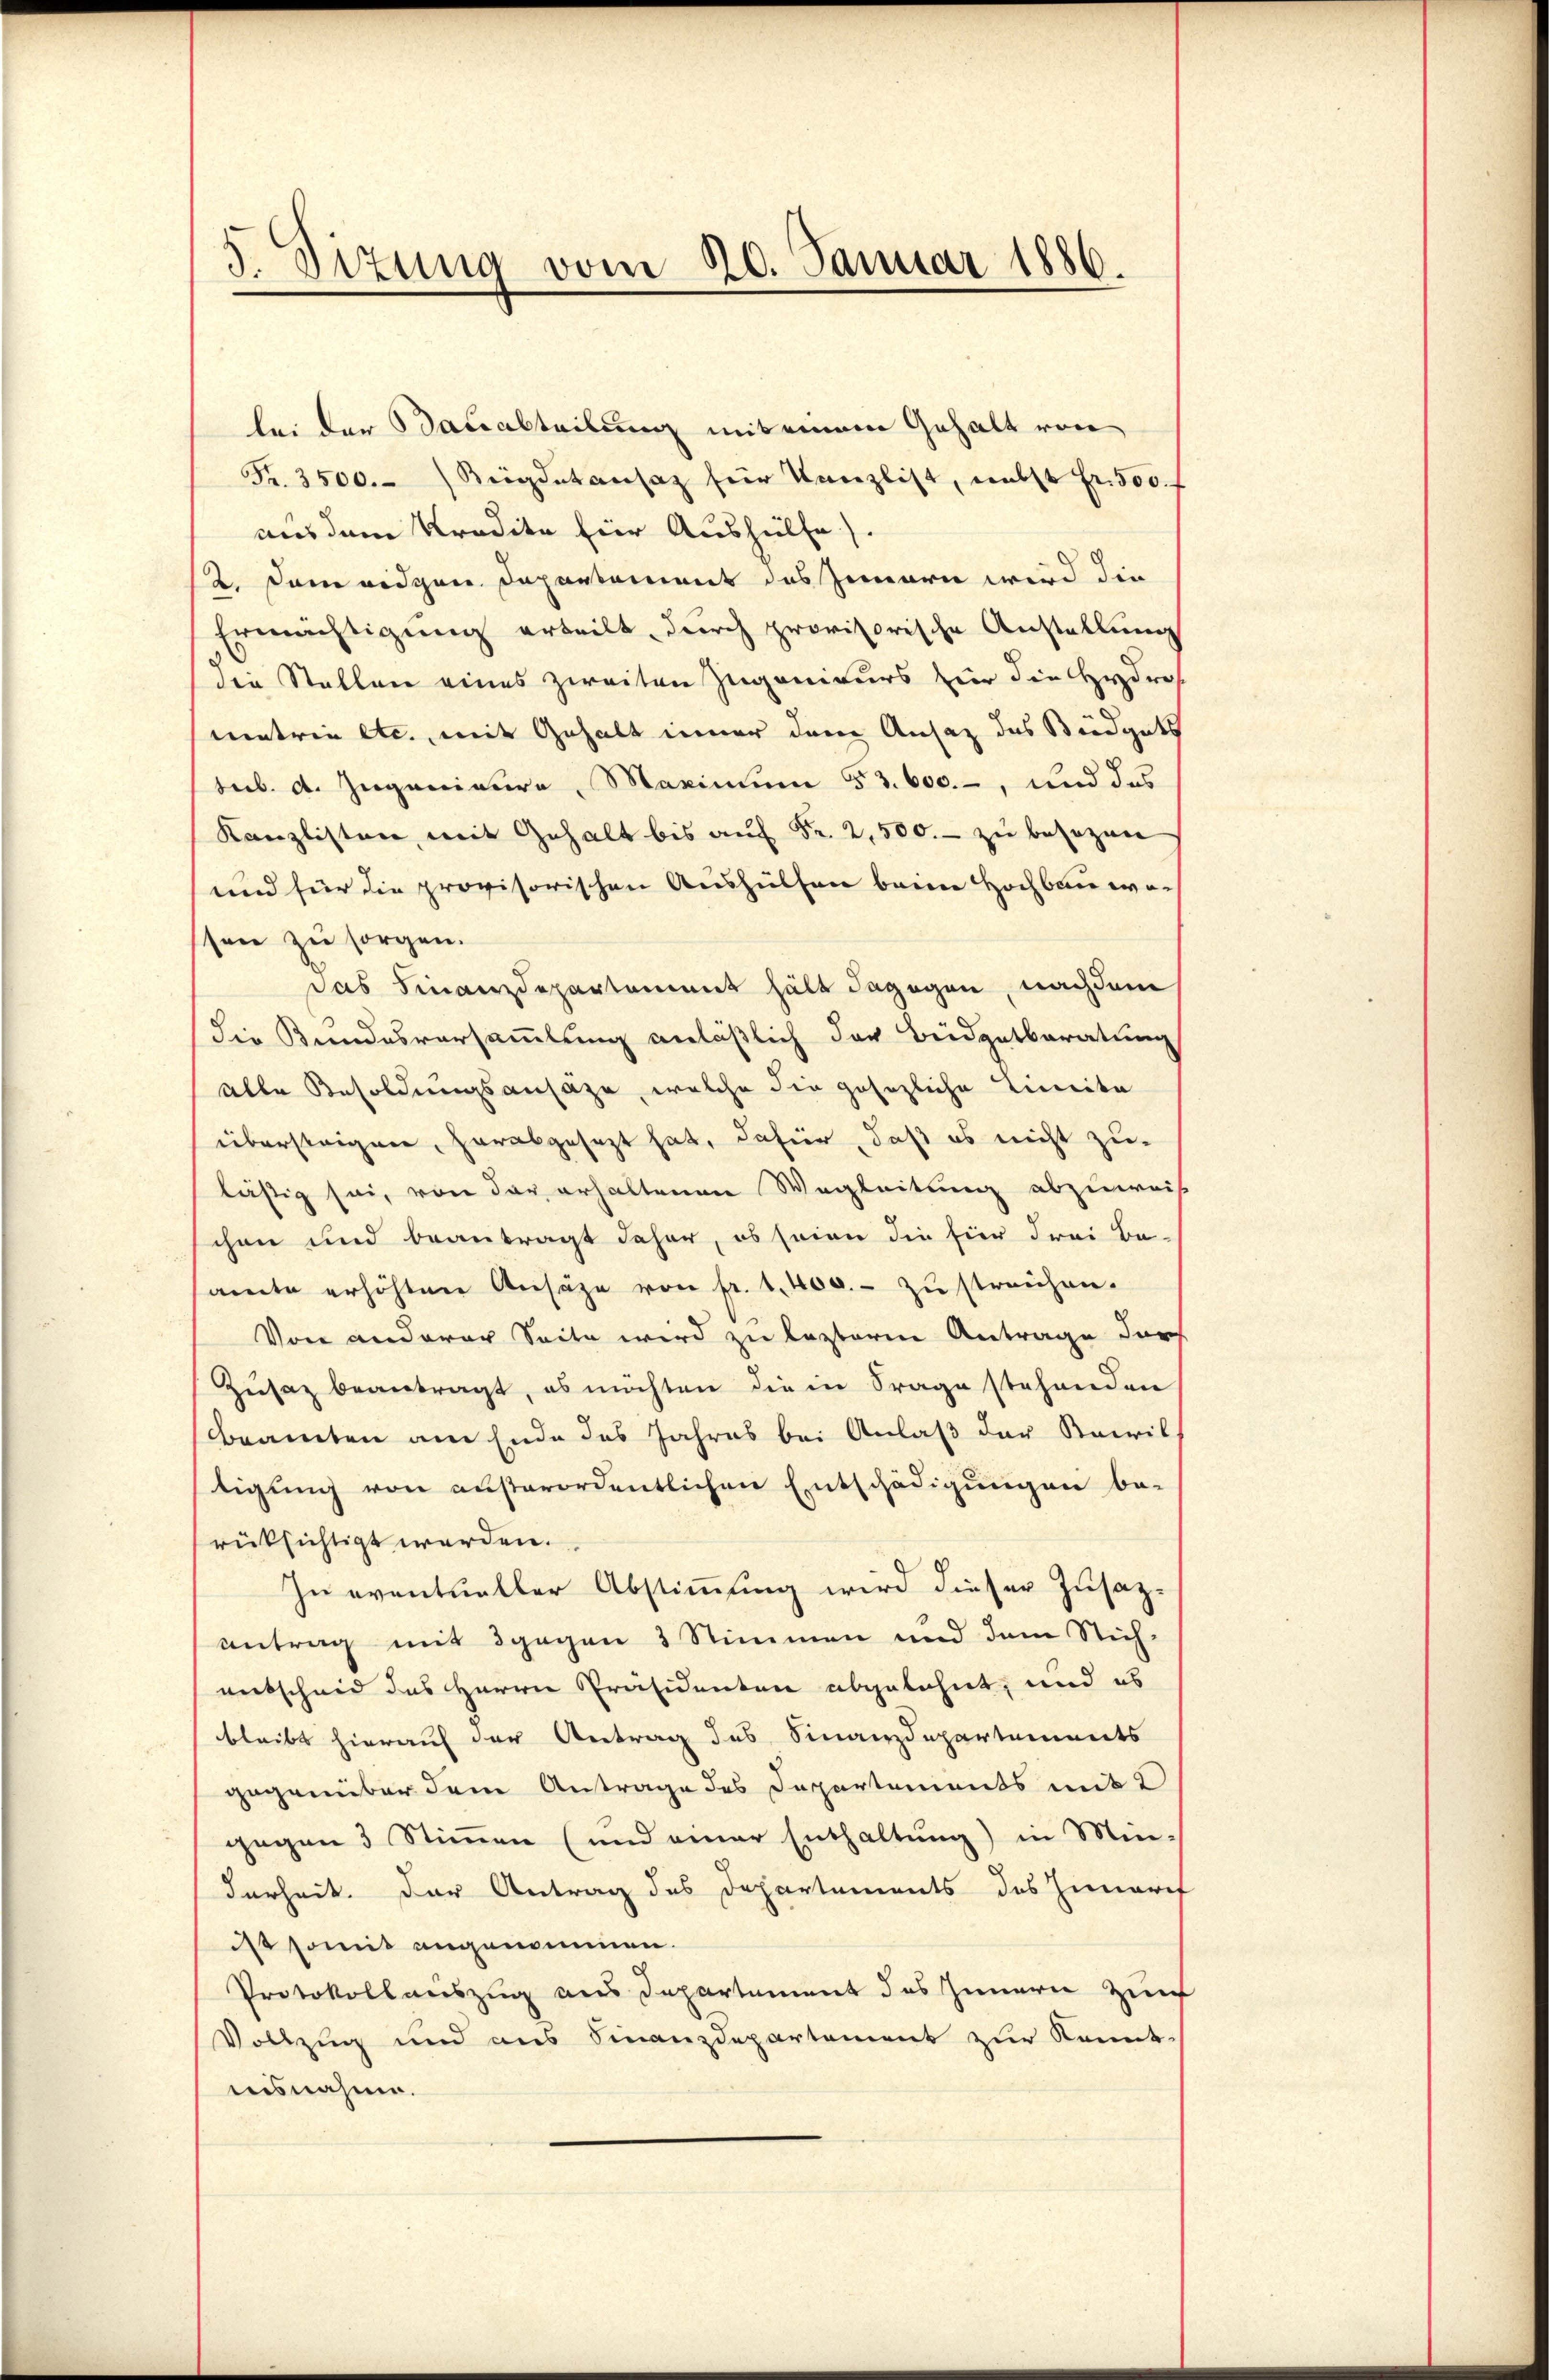
5. Sizung vom 20. Januar 1886.

bei der Bauabteilung mit einem Gehalt von
Fr. 3500. Beigdatansaz für Kanzlist, nebst Fr. 500. f
aus dem Kredite für Aushülfe).
2. Dem eidgen. Departement des Innern wird die
Ermächtigung erteilt, durch provisorische Anstellung
die Stellen eines zweiten Zugenieurs für die Hydros.
metrie etc., mit Gehalt immer dem Ansaz das Büdgets
seib. d. Zuganisire, Maximum 53. 600.-, und das
Kanzlisten, mit Gehalt bis auf Fr. 2,500.- zu besezen
und für die provisorischen Aushülfen beim Hochbauwessen zu sorgen.
das Finanzdepartement hält dagegen, nachdem
die Bundesversammlung anläßlich der Beidgetberatung
alle Besoldungsansähe, welche die gesezliche Linita
übersteigen, herabgesezt hat, dafür, daß es nicht zulästig sei, von der erhaltenen Wegleitung abzuweis
chen und beantragt daher, es seien die hier drei Be-
amte erhöhten Ansähe von fr. 1400.- zŭ streichen.
Von anderer Seite wird zu leztere Antrage darf
Zusaz beantragt, es möchten die in Frage stehenden
Beamten am Ende des Jahres bei Anlaß der Kacil
tigung von außerordentlichen Entschädigungen be-
rücksichtigt werden.
In eventueller Abstimmung wird dieser Zusazantrag mit 3 gegen 3 Stimmen und dem Stich
entscheid des Herrn Präsidenten abgelehnt, und es
bleibt hierauf der Antrag des Finanzdepartements
gegenüber dem Antrage des Departements mit 2
gegen 3 Stimmen (und einer Enthaltung) in Min-
Farheit. Der Antrag des Departements des Innerif
ist somit angenommen.
Protokollauszug aus Departement des Innern zu
Vollzug und aus Finanzdepartement zur Kennt.
ausnahme.